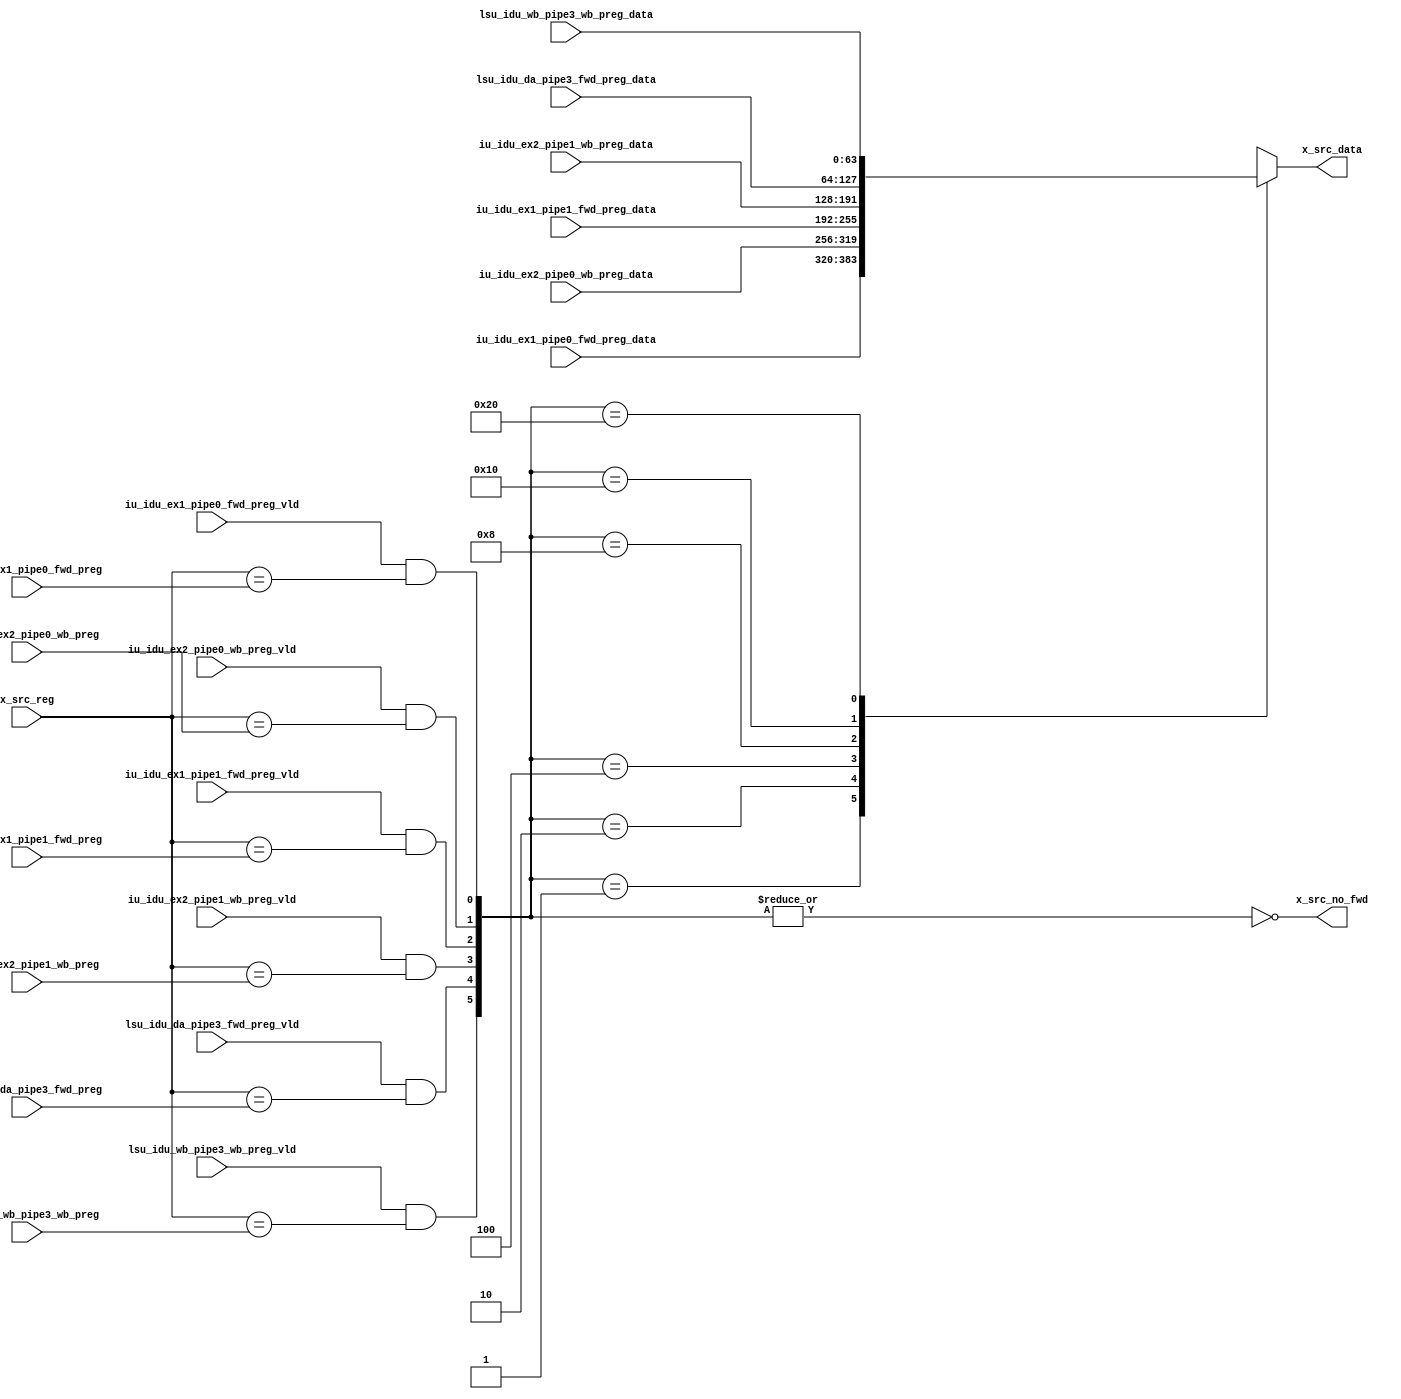
/*Copyright 2019-2021 T-Head Semiconductor Co., Ltd.

Licensed under the Apache License, Version 2.0 (the "License");
you may not use this file except in compliance with the License.
You may obtain a copy of the License at

    http://www.apache.org/licenses/LICENSE-2.0

Unless required by applicable law or agreed to in writing, software
distributed under the License is distributed on an "AS IS" BASIS,
WITHOUT WARRANTIES OR CONDITIONS OF ANY KIND, either express or implied.
See the License for the specific language governing permissions and
limitations under the License.
*/

// &ModuleBeg; @26
module ct_idu_rf_fwd_preg(
  iu_idu_ex1_pipe0_fwd_preg,
  iu_idu_ex1_pipe0_fwd_preg_data,
  iu_idu_ex1_pipe0_fwd_preg_vld,
  iu_idu_ex1_pipe1_fwd_preg,
  iu_idu_ex1_pipe1_fwd_preg_data,
  iu_idu_ex1_pipe1_fwd_preg_vld,
  iu_idu_ex2_pipe0_wb_preg,
  iu_idu_ex2_pipe0_wb_preg_data,
  iu_idu_ex2_pipe0_wb_preg_vld,
  iu_idu_ex2_pipe1_wb_preg,
  iu_idu_ex2_pipe1_wb_preg_data,
  iu_idu_ex2_pipe1_wb_preg_vld,
  lsu_idu_da_pipe3_fwd_preg,
  lsu_idu_da_pipe3_fwd_preg_data,
  lsu_idu_da_pipe3_fwd_preg_vld,
  lsu_idu_wb_pipe3_wb_preg,
  lsu_idu_wb_pipe3_wb_preg_data,
  lsu_idu_wb_pipe3_wb_preg_vld,
  x_src_data,
  x_src_no_fwd,
  x_src_reg
);

// &Ports; @27
input   [6 :0]  iu_idu_ex1_pipe0_fwd_preg;     
input   [63:0]  iu_idu_ex1_pipe0_fwd_preg_data; 
input           iu_idu_ex1_pipe0_fwd_preg_vld; 
input   [6 :0]  iu_idu_ex1_pipe1_fwd_preg;     
input   [63:0]  iu_idu_ex1_pipe1_fwd_preg_data; 
input           iu_idu_ex1_pipe1_fwd_preg_vld; 
input   [6 :0]  iu_idu_ex2_pipe0_wb_preg;      
input   [63:0]  iu_idu_ex2_pipe0_wb_preg_data; 
input           iu_idu_ex2_pipe0_wb_preg_vld;  
input   [6 :0]  iu_idu_ex2_pipe1_wb_preg;      
input   [63:0]  iu_idu_ex2_pipe1_wb_preg_data; 
input           iu_idu_ex2_pipe1_wb_preg_vld;  
input   [6 :0]  lsu_idu_da_pipe3_fwd_preg;     
input   [63:0]  lsu_idu_da_pipe3_fwd_preg_data; 
input           lsu_idu_da_pipe3_fwd_preg_vld; 
input   [6 :0]  lsu_idu_wb_pipe3_wb_preg;      
input   [63:0]  lsu_idu_wb_pipe3_wb_preg_data; 
input           lsu_idu_wb_pipe3_wb_preg_vld;  
input   [6 :0]  x_src_reg;                     
output  [63:0]  x_src_data;                    
output          x_src_no_fwd;                  

// &Regs; @28
reg     [63:0]  x_src_data;                    

// &Wires; @29
wire    [5 :0]  fwd_src_sel;                   
wire    [6 :0]  iu_idu_ex1_pipe0_fwd_preg;     
wire    [63:0]  iu_idu_ex1_pipe0_fwd_preg_data; 
wire            iu_idu_ex1_pipe0_fwd_preg_vld; 
wire    [6 :0]  iu_idu_ex1_pipe1_fwd_preg;     
wire    [63:0]  iu_idu_ex1_pipe1_fwd_preg_data; 
wire            iu_idu_ex1_pipe1_fwd_preg_vld; 
wire    [6 :0]  iu_idu_ex2_pipe0_wb_preg;      
wire    [63:0]  iu_idu_ex2_pipe0_wb_preg_data; 
wire            iu_idu_ex2_pipe0_wb_preg_vld;  
wire    [6 :0]  iu_idu_ex2_pipe1_wb_preg;      
wire    [63:0]  iu_idu_ex2_pipe1_wb_preg_data; 
wire            iu_idu_ex2_pipe1_wb_preg_vld;  
wire    [6 :0]  lsu_idu_da_pipe3_fwd_preg;     
wire    [63:0]  lsu_idu_da_pipe3_fwd_preg_data; 
wire            lsu_idu_da_pipe3_fwd_preg_vld; 
wire    [6 :0]  lsu_idu_wb_pipe3_wb_preg;      
wire    [63:0]  lsu_idu_wb_pipe3_wb_preg_data; 
wire            lsu_idu_wb_pipe3_wb_preg_vld;  
wire            x_src_no_fwd;                  
wire    [6 :0]  x_src_reg;                     



//==========================================================
//                      Preg Forward
//==========================================================
//0: pipe0 ex1, 1: pipe0 ex2, 2: pipe1 ex1, 3: pipe1 ex2, 4: pipe3 da, 5: pipe3 wb
assign fwd_src_sel[0] = iu_idu_ex1_pipe0_fwd_preg_vld
                        && (x_src_reg[6:0] == iu_idu_ex1_pipe0_fwd_preg[6:0]);
assign fwd_src_sel[1] = iu_idu_ex2_pipe0_wb_preg_vld
                        && (x_src_reg[6:0] == iu_idu_ex2_pipe0_wb_preg[6:0]);
assign fwd_src_sel[2] = iu_idu_ex1_pipe1_fwd_preg_vld
                        && (x_src_reg[6:0] == iu_idu_ex1_pipe1_fwd_preg[6:0]);
assign fwd_src_sel[3] = iu_idu_ex2_pipe1_wb_preg_vld
                        && (x_src_reg[6:0] == iu_idu_ex2_pipe1_wb_preg[6:0]);
assign fwd_src_sel[4] = lsu_idu_da_pipe3_fwd_preg_vld 
                        && (x_src_reg[6:0] == lsu_idu_da_pipe3_fwd_preg[6:0]);
assign fwd_src_sel[5] = lsu_idu_wb_pipe3_wb_preg_vld 
                        && (x_src_reg[6:0] == lsu_idu_wb_pipe3_wb_preg[6:0]);

assign x_src_no_fwd = !(|fwd_src_sel[5:0]);

// &CombBeg; @51
always @( iu_idu_ex1_pipe1_fwd_preg_data[63:0]
       or lsu_idu_da_pipe3_fwd_preg_data[63:0]
       or iu_idu_ex2_pipe0_wb_preg_data[63:0]
       or iu_idu_ex1_pipe0_fwd_preg_data[63:0]
       or lsu_idu_wb_pipe3_wb_preg_data[63:0]
       or iu_idu_ex2_pipe1_wb_preg_data[63:0]
       or fwd_src_sel[5:0])
begin
  case (fwd_src_sel[5:0])
    6'b000001: x_src_data[63:0] = iu_idu_ex1_pipe0_fwd_preg_data[63:0];
    6'b000010: x_src_data[63:0] = iu_idu_ex2_pipe0_wb_preg_data[63:0];
    6'b000100: x_src_data[63:0] = iu_idu_ex1_pipe1_fwd_preg_data[63:0];
    6'b001000: x_src_data[63:0] = iu_idu_ex2_pipe1_wb_preg_data[63:0];
    6'b010000: x_src_data[63:0] = lsu_idu_da_pipe3_fwd_preg_data[63:0];
    6'b100000: x_src_data[63:0] = lsu_idu_wb_pipe3_wb_preg_data[63:0];
    default  : x_src_data[63:0] = {64{1'bx}};
  endcase
// &CombEnd; @61
end


// &ModuleEnd; @64
endmodule